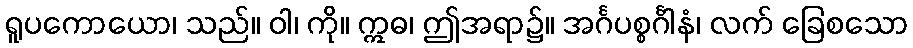
ရူပကောယော၊ သည်။ ဝါ၊ ကို။ ဣဓ၊ ဤအရာ၌။ အင်္ဂပစ္စင်္ဂါနံ၊ လက် ခြေစသော